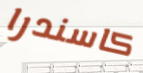
كاسندرا